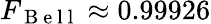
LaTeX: F_{\mathrm{~B~e~l~l~}}\approx 0.99926